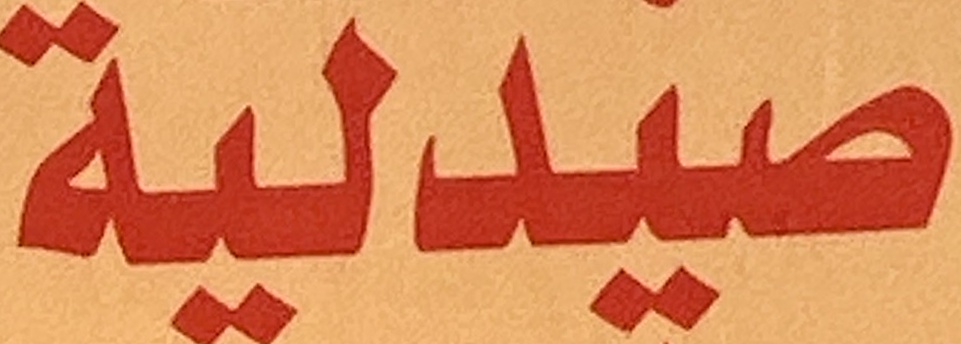
صيدلية